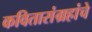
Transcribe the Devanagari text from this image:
कवितासंग्रहांचे